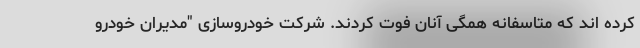
کرده اند که متاسفانه همگی آنان فوت کردند. شرکت خودروسازی "مدیران خودرو